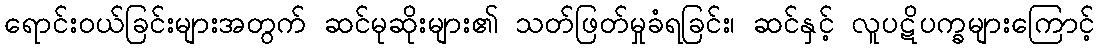
ရောင်းဝယ်ခြင်းများအတွက် ဆင်မုဆိုးများ၏ သတ်ဖြတ်မှုခံရခြင်း၊ ဆင်နှင့် လူပဋိပက္ခများကြောင့်